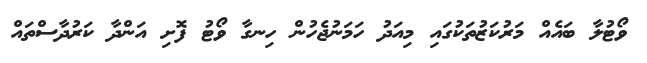
ވޯޓުލާ ބައެއް މަރުކަޒުތަކުގައި މިއަދު ހަމަނުޖެހުން ހިނގާ ވޯޓު ފޮށި އަންދާ ކަރުދާސްތައް